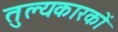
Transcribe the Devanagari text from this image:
तुल्यकारकों